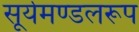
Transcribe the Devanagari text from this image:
सूर्यमण्डलरूप